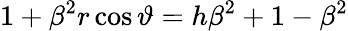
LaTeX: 1+\beta^{2}r\cos\vartheta=h\beta^{2}+1-\beta^{2}